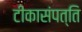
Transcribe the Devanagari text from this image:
टीकासंपत्ति